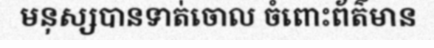
មនុស្សបានទាត់ចោល ចំពោះព័ត៌មាន